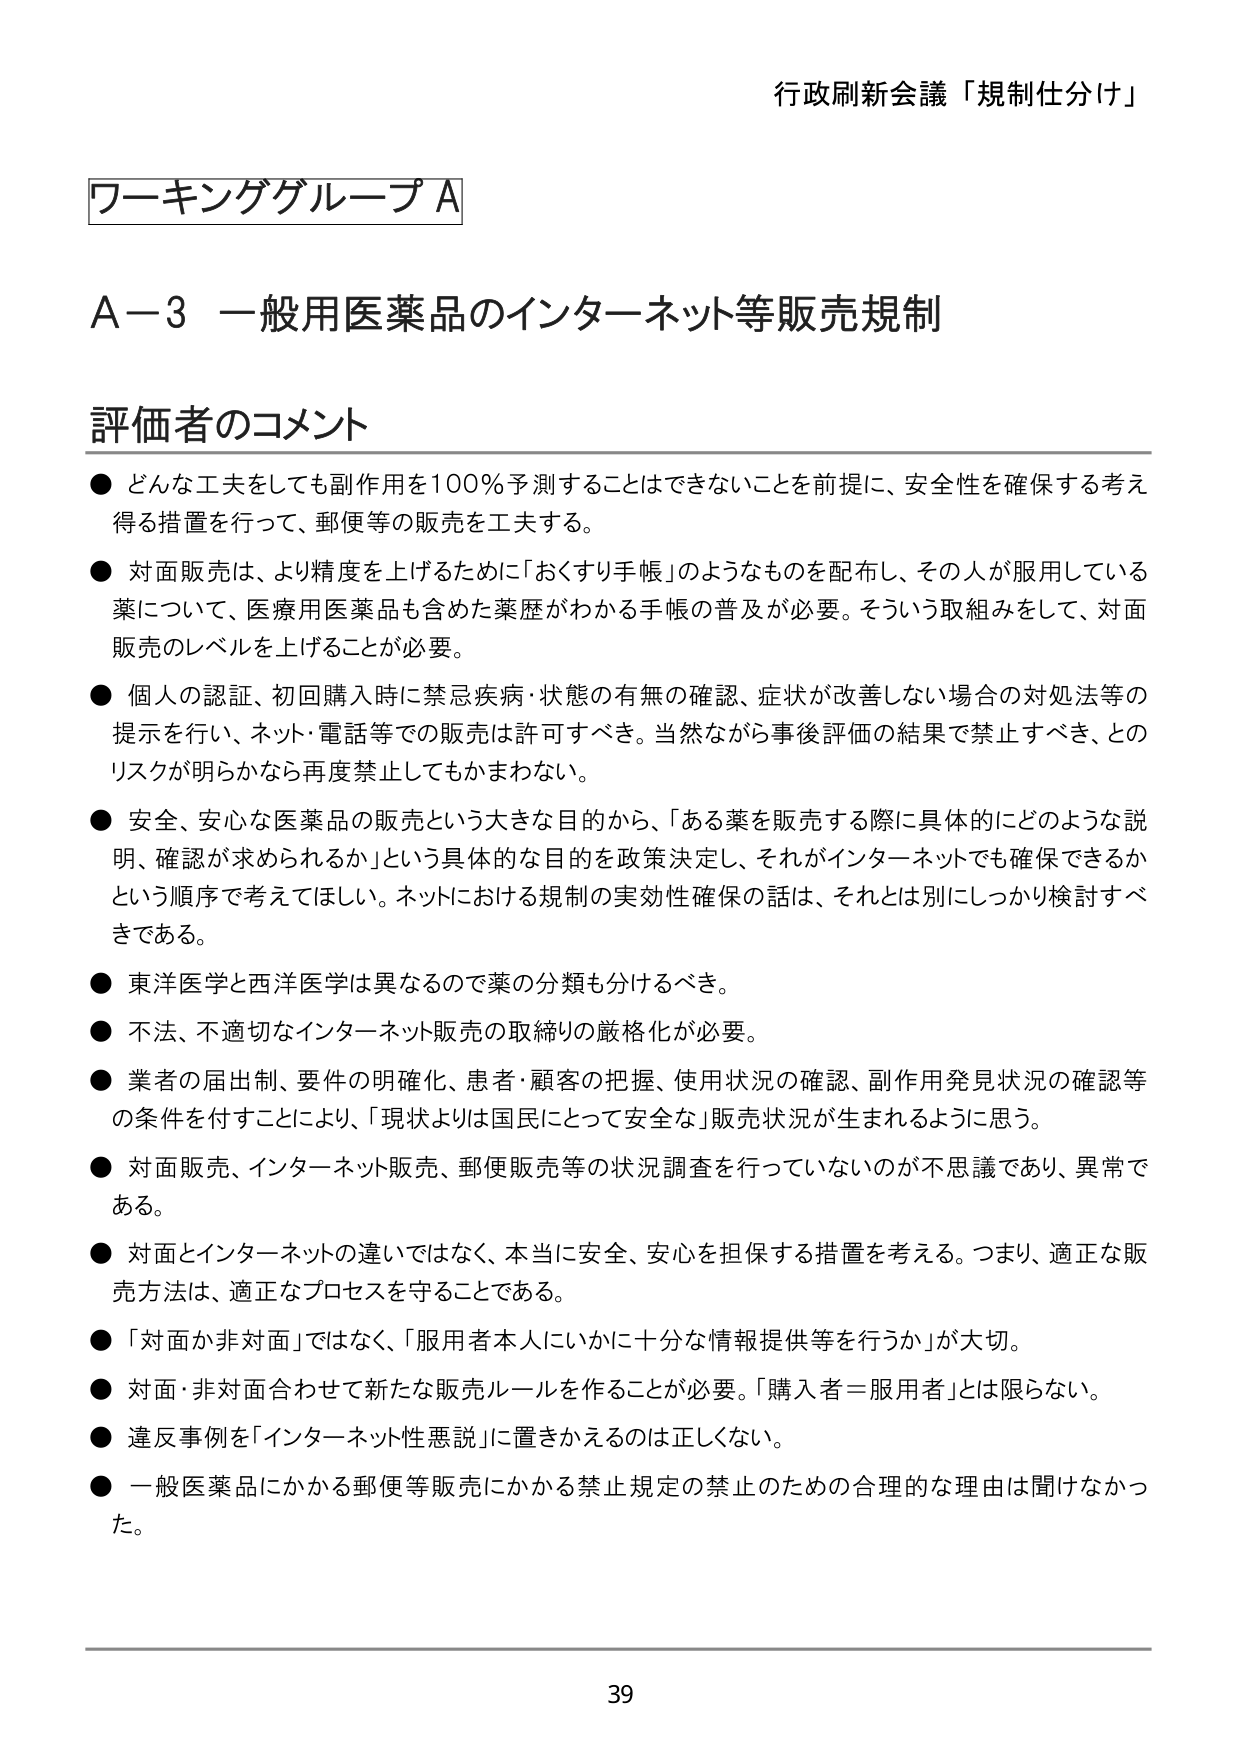
行政刷新会議「規制仕分け」

ワーキンググループA

A－3 一般用医薬品のインターネット等販売規制

評価者のコメント

● どんな工夫をしても副作用を100％予測することはできないことを前提に、安全性を確保する考え得る措置を行って、郵便等の販売を工夫する。

● 対面販売は、より精度を上げるために「おくすり手帳」のようなものを配布し、その人が服用している薬について、医療用医薬品も含めた薬歴がわかる手帳の普及が必要。そういう取組みをして、対面販売のレベルを上げることが必要。

● 個人の認証、初回購入時に禁忌疾病・状態の有無の確認、症状が改善しない場合の対処法等の提示を行い、ネット・電話等での販売は許可すべき。当然ながら事後評価の結果で禁止すべき、とのリスクが明らかなら再度禁止してもかまわない。

● 安全、安心な医薬品の販売という大きな目的から、「ある薬を販売する際に具体的にどのような説明、確認が求められるか」という具体的な目的を政策決定し、それがインターネットでも確保できるかという順序で考えてほしい。ネットにおける規制の実効性確保の話は、それとは別にしっかり検討すべきである。

● 東洋医学と西洋医学は異なるので薬の分類も分けるべき。

● 不法、不適切なインターネット販売の取締りの厳格化が必要。

● 業者の届出制、要件の明確化、患者・顧客の把握、使用状況の確認、副作用発見状況の確認等の条件を付すことにより、「現状よりは国民にとって安全な」販売状況が生まれるように思う。

● 対面販売、インターネット販売、郵便販売等の状況調査を行っていないのが不思議であり、異常である。

● 対面とインターネットの違いではなく、本当に安全、安心を担保する措置を考える。つまり、適正な販売方法は、適正なプロセスを守ることである。

● 「対面か非対面」ではなく、「服用者本人にいかに十分な情報提供等を行うか」が大切。

● 対面・非対面合わせて新たな販売ルールを作ることが必要。「購入者＝服用者」とは限らない。

● 違反事例を「インターネット性悪説」に置きかえるのは正しくない。

● 一般医薬品にかかる郵便等販売にかかる禁止規定の禁止のための合理的な理由は聞けなかった。

39